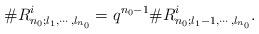
LaTeX: \begin{align*}\#R^i_{n_0;l_1,\cdots,l_{n_0}}=q^{n_0-1}\#R^i_{n_0;l_1-1,\cdots,l_{n_0}}.\end{align*}